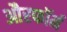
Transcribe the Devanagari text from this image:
औरफॉर्म